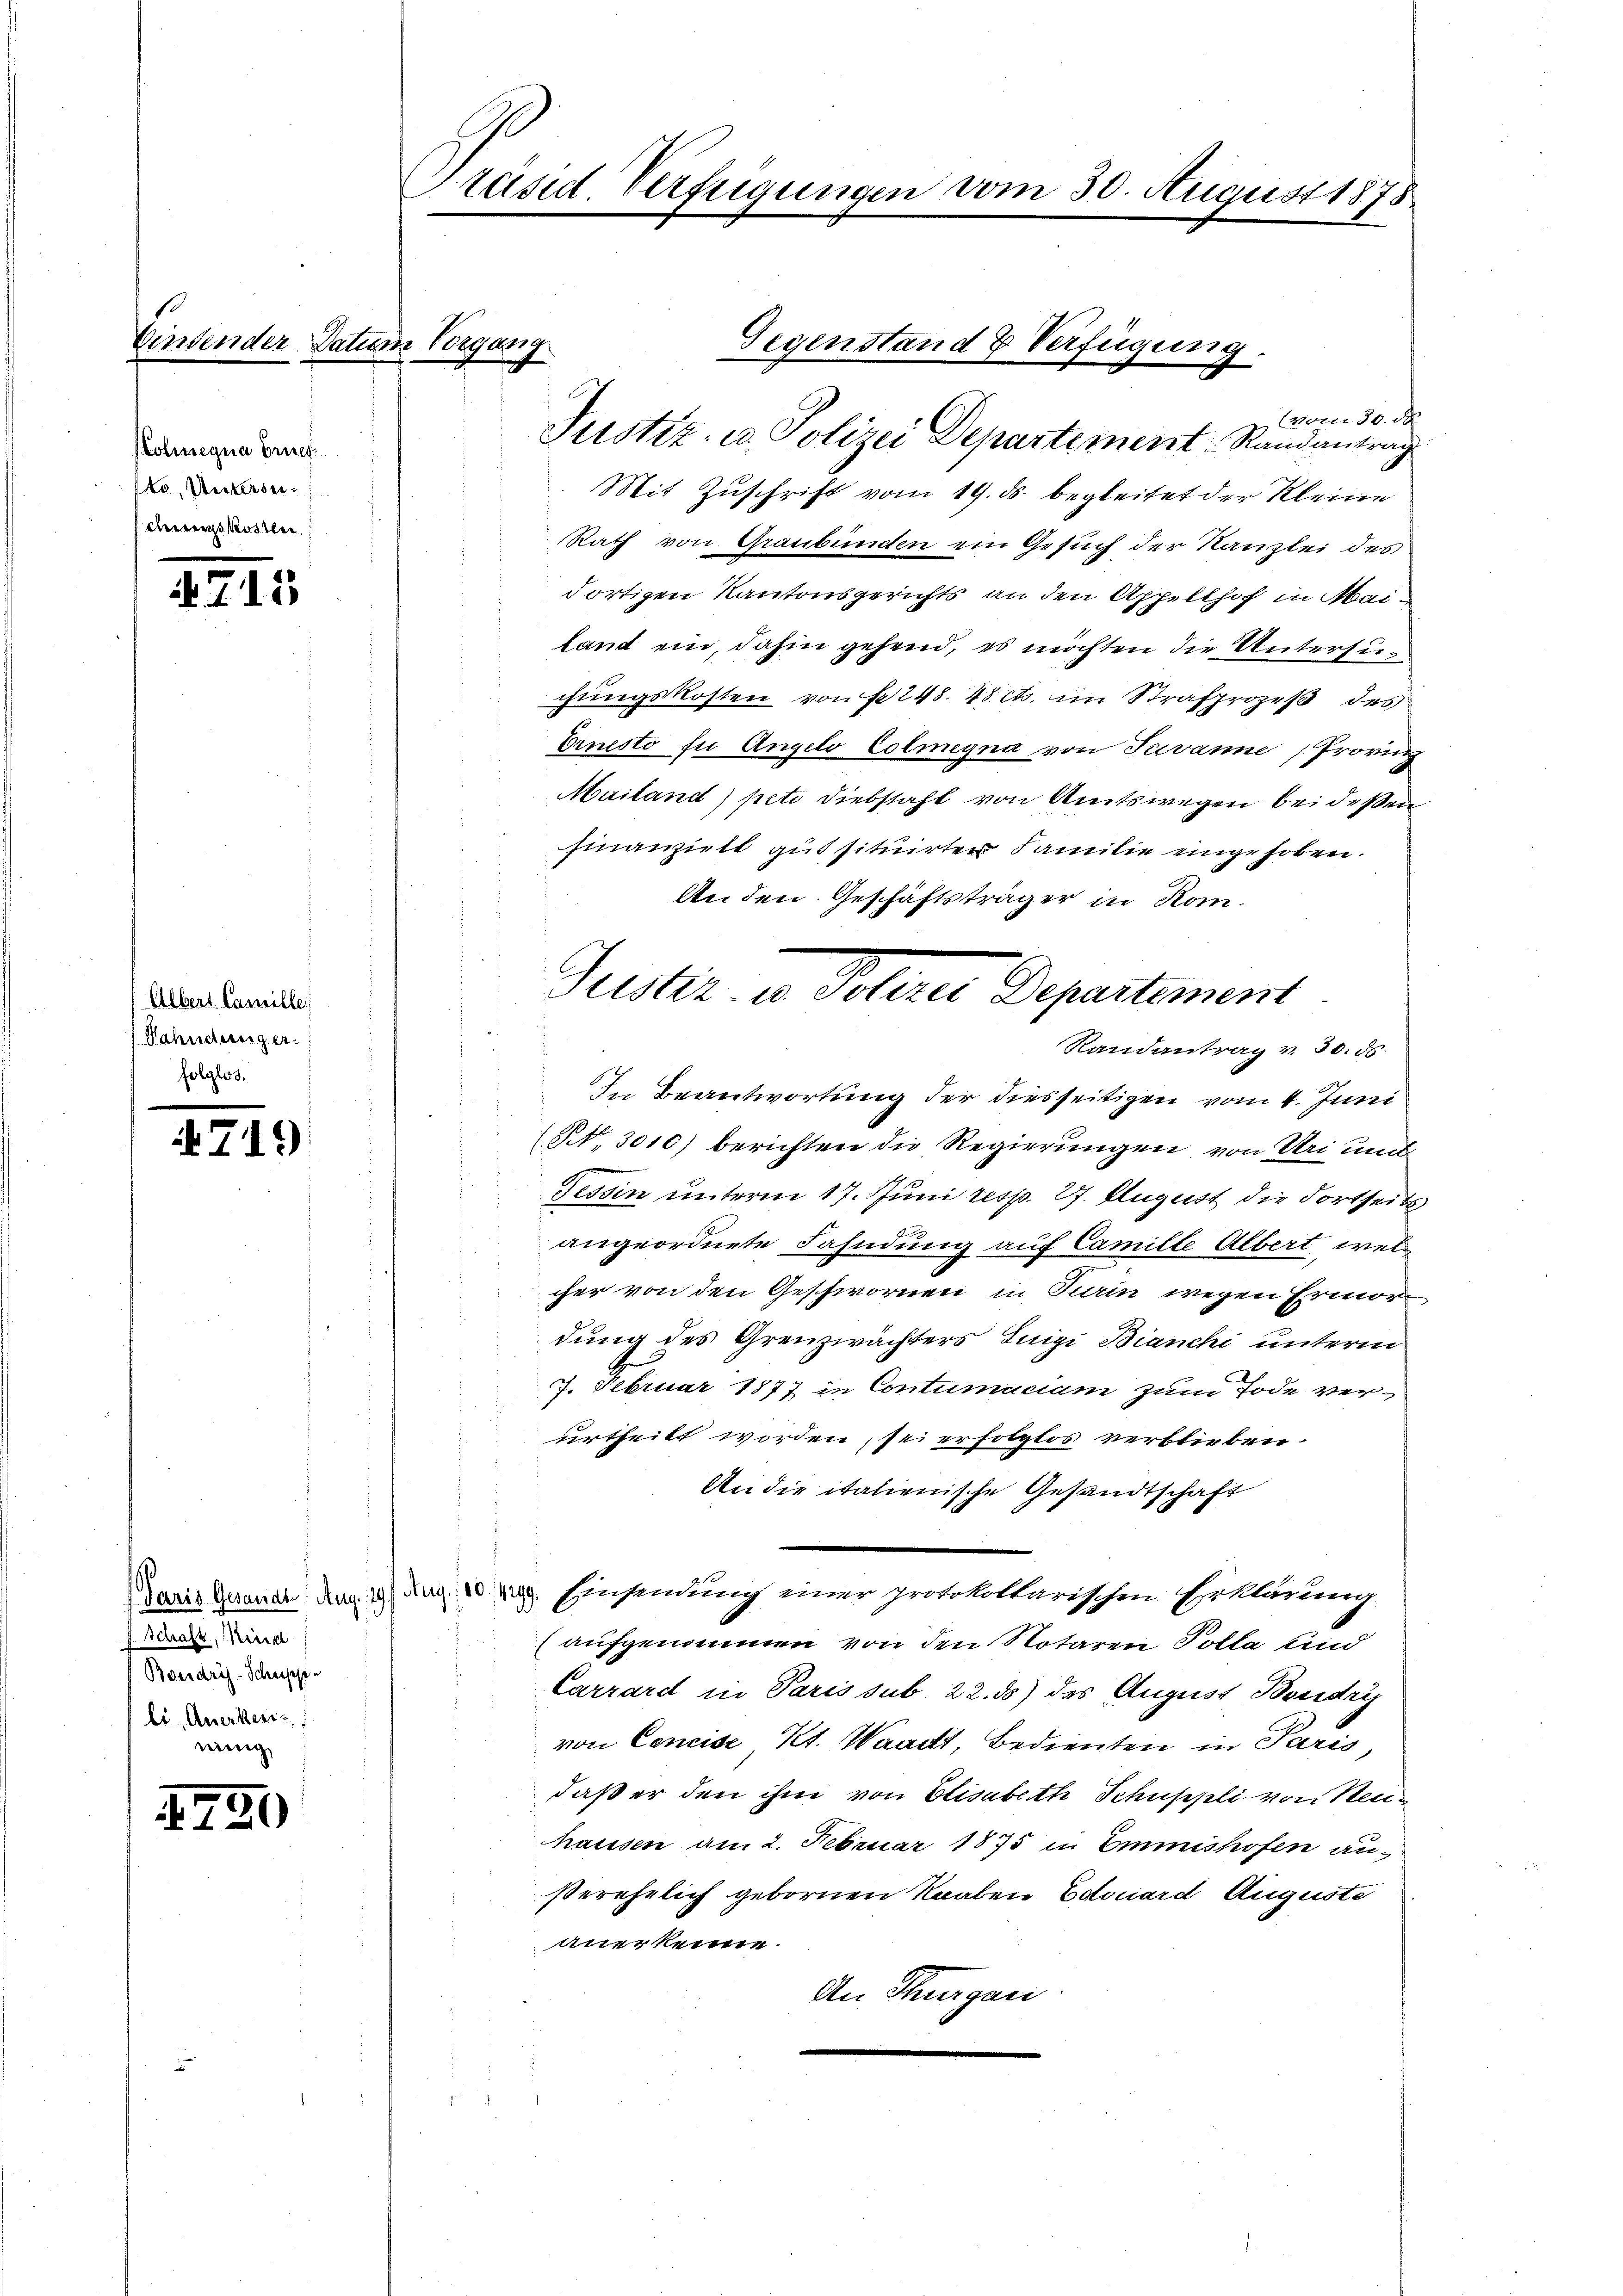
bindender Datum Vorgang
Kolmnequa Brief.
to Unklesen
denn Rostle

4711

Albert Camille;
Fahndunger.
folglos.

719

Schaft, Mind
Boudry-Schupp
li, Anerkerz
ning

750

Präsid. Verfügungen vom 30. August 1878

Gegenstand & Verfügung.

(vom 30. d.
Justiz- u. Polizei Departement Randantrag
Mit Zuschrift vom 19. ds. begleitet der Kleine
Rath von Graubünden ein Gesuch der Kanzlei des
dortigen Kantonsgerichts an den Appellhof in Mailand ein, dahin gehend, es möchten die Untersuchungskosten von § 248. 48 cts. im Strafprozeß des
Ernesto zu Angelo Colmeyna von Tavanne Provinz
Mailand) peti Diebstahl von Amtswegen bei deßen
finanzielt gut situirter Familie eingehoben.
An den Geschäftsträger in Rom.
In Beantwortung der diesseitigen vom 4. Juni
(Nr. 3010) berichten die Regierungen, von Uri und
s
Tessin unterm 17. Juni resp. 27. August die Fortseits
angeordnete Fahndung auf Camille Albert welcher von den Geschwornen in Turin wegen Ermordung des Grenzwächters Luigi Bianchi unterm
7. Februar 1877 in Contumaciam zum Tode verurtheilt worden, sei erfolglos verblieben.
An die italienische Gesandtschaft
Paris Gesandt den 29. Aug. 18. v. Einsendung einer protokollarischen Erklärung
(aufgenommen von den Notaren Polla und
Carrard in Paris sub 22. ds) des August Bondris
von Concise Kt. Waadt, Bedienten in Paris,
daß er den ihm von Elisabeth Schuppli von Neuhausen am 2. Februar 1875 in Emmishofen anßerehelich gebornen Knaben Edouard Auguste
anerkenne.
An Thurgau.

Geister in Petere Departement
Randantrag v. 30. ds.